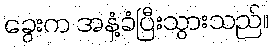
ခွေးက အနံ့ခံပြီးသွားသည်။